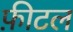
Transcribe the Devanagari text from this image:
फ़ीटल